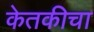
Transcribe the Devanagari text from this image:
केतकीचा